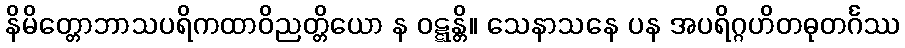
နိမိတ္တောဘာသပရိကထာဝိညတ္တိယော န ဝဋ္ဋန္တိ။ သေနာသနေ ပန အပရိဂ္ဂဟိတဓုတင်္ဂဿ